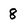
Character: 8